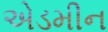
એડમીન